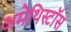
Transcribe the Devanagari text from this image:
अमेथिस्टॉस